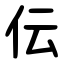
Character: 伝